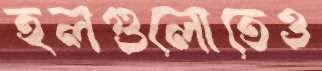
হলগুলোতেও